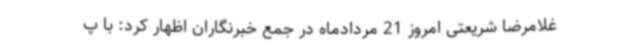
غلامرضا شریعتی امروز 21 مردادماه در جمع خبرنگاران اظهار کرد: با پ